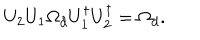
U _ { 2 } U _ { 1 } \Omega _ { d } U _ { 1 } ^ { \dagger } U _ { 2 } ^ { \dagger } = \Omega _ { d } .